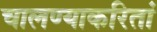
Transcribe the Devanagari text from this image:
चालण्याकरितां